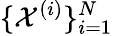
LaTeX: \{ \mathcal X^{(i)}\} _{i=1}^{N}